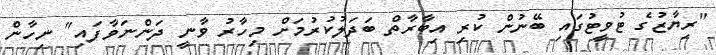
"ރިޔާޒުގެ ޓުވީޓުގައި ބޭނުން ކުރި އިބާރާތް ބަދަލުކުރުމަށް މިހާރު ވާނީ ދަންނަވާފައި" ނިހާން